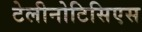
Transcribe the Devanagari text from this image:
टेलीनोटिसिएस